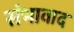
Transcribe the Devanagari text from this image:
संभावाद